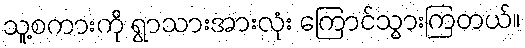
သူ့စကားကို ရွာသားအားလုံး ကြောင်သွားကြတယ်။